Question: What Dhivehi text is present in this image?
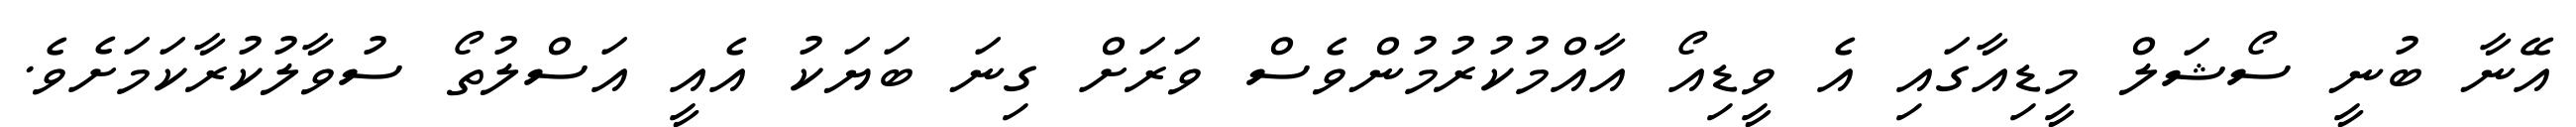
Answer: އޭނާ ބުނީ ސޯޝަލް މީޑިއާގައި އެ ވީޑިއޯ އާއްމުކުރުމުންވެސް ވަރަށް ގިނަ ބަޔަކު އެއީ އަސްލުތޯ ސުވާލުކުރާކަމަށެވެ.